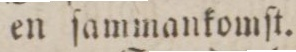
en ſammankomſt.